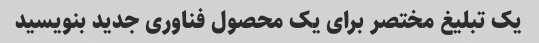
یک تبلیغ مختصر برای یک محصول فناوری جدید بنویسید